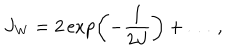
J _ { \mathrm { W } } = 2 \exp \left( - { \frac { 1 } { 2 J } } \right) + \ldots ~ ,